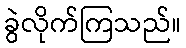
ခွဲလိုက်ကြသည်။